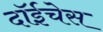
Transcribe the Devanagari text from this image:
दॉईचेस